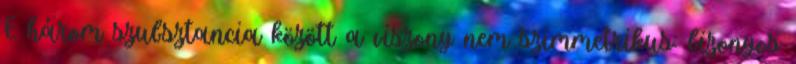
E három szubsztancia között a viszony nem szimmetrikus: bizonyos